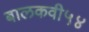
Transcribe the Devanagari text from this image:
बालकवी५४